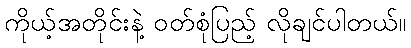
ကိုယ့်အတိုင်းနဲ့ ဝတ်စုံပြည့် လိုချင်ပါတယ်။